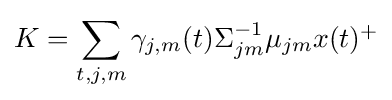
K=\sum _{t,j,m}\gamma _{j,m}(t)\textstyle \Sigma _{jm}^{-1}\mu _{jm}x(t)^{+}\displaystyle